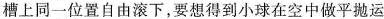
槽上同一位置自由滚下，要想得到小球在空中做平抛运